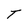
Character: T